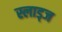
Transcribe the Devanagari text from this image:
स्लाड्ज